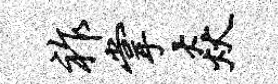
祚掌焱